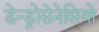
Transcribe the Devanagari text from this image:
डेन्ड्रोसेनेसियो